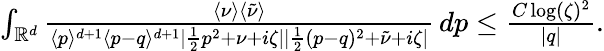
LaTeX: \begin{array}{r}{\int_{\mathbb{R}^{d}}\frac{\langle\nu\rangle\langle\tilde{\nu}\rangle}{\langle p\rangle^{d+1}\langle p-q\rangle^{d+1}|\frac{1}{2}p^{2}+\nu+i\zeta||\frac{1}{2}(p-q)^{2}+\tilde{\nu}+i\zeta|}\, dp\leq\frac{C\log(\zeta)^{2}}{|q|}.}\end{array}